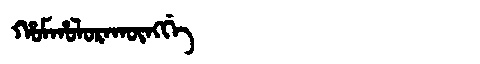
Manchu: ᡥᠣᠮᡥᠣᠯᠣᡵᠠᡴᡡᠩᡤᡝ
Romanization: HOMHOLORAKŪNGGE